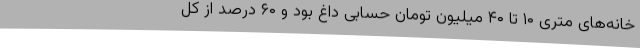
خانه‌های متری ۱۰ تا ۴۰ میلیون تومان حسابی داغ بود و ۶۰ درصد از کل